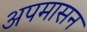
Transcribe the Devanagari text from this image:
अपमासन